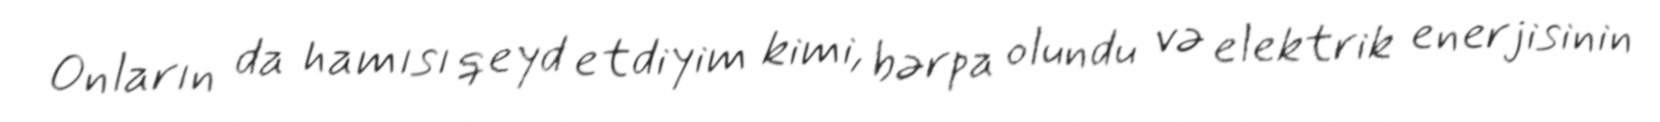
Onların da hamısı qeyd etdiyim kimi, bərpa olundu və elektrik enerjisinin